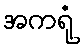
အကရုံ